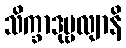
သိက္ခာဒုဗ္ဗလျာနိ